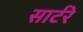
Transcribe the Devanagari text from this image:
सार्टरे